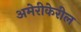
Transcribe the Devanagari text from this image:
अमेरीकेरील